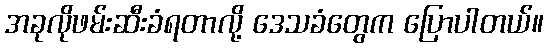
အခုလိုဖမ်းဆီးခံရတာလို့ ဒေသခံတွေက ပြောပါတယ်။